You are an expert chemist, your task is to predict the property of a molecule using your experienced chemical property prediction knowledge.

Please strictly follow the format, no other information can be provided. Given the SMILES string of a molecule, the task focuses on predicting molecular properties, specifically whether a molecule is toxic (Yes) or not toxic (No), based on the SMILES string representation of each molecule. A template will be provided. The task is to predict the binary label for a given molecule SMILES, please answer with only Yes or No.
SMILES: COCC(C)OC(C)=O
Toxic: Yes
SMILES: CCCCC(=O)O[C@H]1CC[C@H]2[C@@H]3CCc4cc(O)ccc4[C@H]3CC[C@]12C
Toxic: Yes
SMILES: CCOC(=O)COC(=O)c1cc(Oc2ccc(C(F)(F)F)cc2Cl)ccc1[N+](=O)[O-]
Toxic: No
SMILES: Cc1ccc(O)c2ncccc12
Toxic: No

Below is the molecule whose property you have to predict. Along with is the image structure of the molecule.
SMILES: CO[C@H]1[C@H]([C@@]2(C)O[C@@H]2CC=C(C)C)[C@]2(CC[C@H]1OC(=O)/C=C/C=C/C=C/C=C/C(=O)O)CO2
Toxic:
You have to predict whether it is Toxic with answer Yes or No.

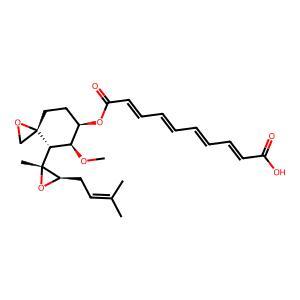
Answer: No